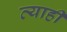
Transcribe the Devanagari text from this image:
व्‍याही